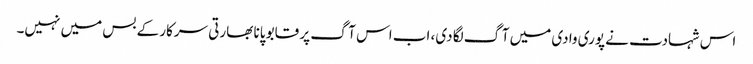
اس شہادت نے پوری وادی میں آگ لگا دی، اب اس آگ پر قابو پانا بھارتی سرکار کے بس میں نہیں۔